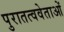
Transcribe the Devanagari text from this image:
पुरातत्ववेताओं